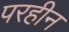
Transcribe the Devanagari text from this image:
परहीन